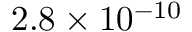
2 . 8 \times 1 0 ^ { - 1 0 }